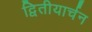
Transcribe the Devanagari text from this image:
द्वितीयार्चन